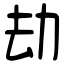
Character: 劫